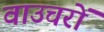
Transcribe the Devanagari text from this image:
वाउचरों